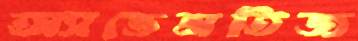
অ্যাভেনতিজ